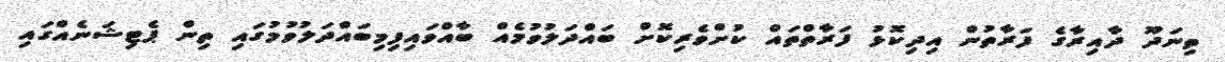
ތިނަދޫ ދާއިރާގެ ފަރާތުން އިދިކޮޅު ފަރާތްތައް ކުށްވެރިކޮށް ބައްދަލުވުމެއް ބާއްވައިފިމިބައްދަލުވުމުގައި ތިން ޕެޓިޝަނެއްގައި